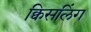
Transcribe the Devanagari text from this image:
क्विसलिंग